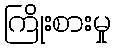
ကြိုးစားမှု